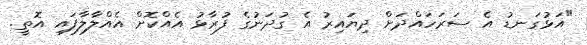
"އަޅުގަނޑު އެ ސަރަހައްދަށް ދިޔައިރު އެ ގުދަނުގެ ފުރާޅު އެއްކޮށް އެއްލާލާފައި އޮތީ.